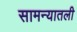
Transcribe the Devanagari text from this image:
सामन्यातली